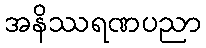
အနိဿရဏပညာ